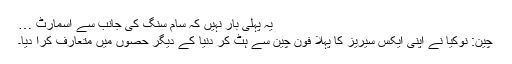
یہ پہلی بار نہیں کہ سام سنگ کی جانب سے اسمارٹ …
چین: نوکیا نے اپنی ایکس سیریز کا پہلا فون چین سے ہٹ کر دنیا کے دیگر حصوں میں متعارف کرا دیا۔